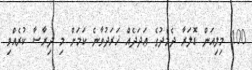
100 މިލިއަން ޑޮލަރާ ދެމެދުގެ ޢަދަދެއް ޚަރަދުވާނެ ކަމަށް މި ދިރާސާ ކުރެއްވި